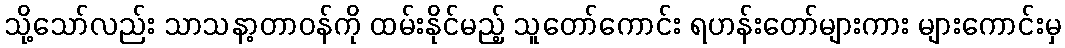
သို့သော်လည်း သာသနာ့တာဝန်ကို ထမ်းနိုင်မည့် သူတော်ကောင်း ရဟန်းတော်များကား များကောင်းမှ